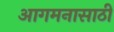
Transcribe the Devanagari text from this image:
आगमनासाठी